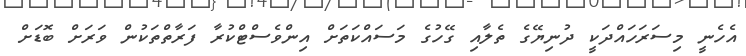
އެހެނީ މިސަރަހައްދަކީ ދުނިޔޭގެ ތެލާއި ގޭހުގެ މަސައްކަތަށް އިންވެސްޓްކުރާ ފަރާތްތަކުން ވަރަށް ބޮޑަށް